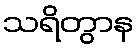
သရိတွာန